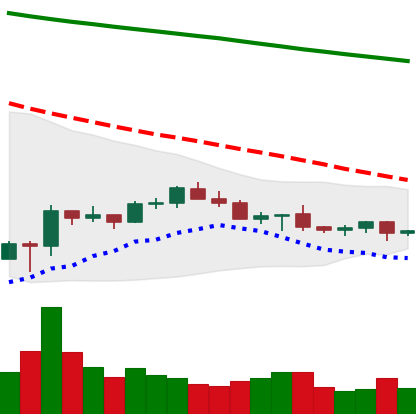
Ticker: LTC-USD
Chart end date: 2022-07-06
Forward return: -3.15%
Label: down_3_5